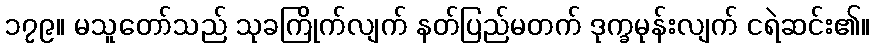
၁၇၉။ မသူတော်သည် သုခကြိုက်လျက် နတ်ပြည်မတက် ဒုက္ခမုန်းလျက် ငရဲဆင်း၏။